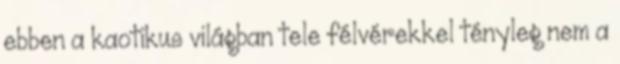
ebben a kaotikus világban tele félvérekkel tényleg nem a